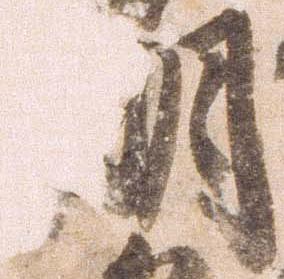
朝